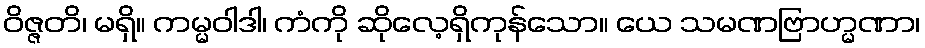
ဝိဇ္ဇတိ၊ မရှိ။ ကမ္မဝါဒါ၊ ကံကို ဆိုလေ့ရှိကုန်သော။ ယေ သမဏဗြာဟ္မဏာ၊